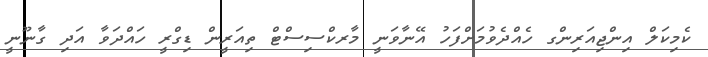
ކެމިކަލް އިންޖިއަރިންގ ހެއްދެވުމަށްފަހު އޭނާވަނީ މާރކްސިސްޓް ތިއަރީން ޑިގްރީ ހައްދަވާ އަދި ގާނޫނީ